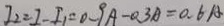
I _ { 2 } = I - I _ { 1 } = 0 - 9 A - 0 . 3 A = 0 . 6 A